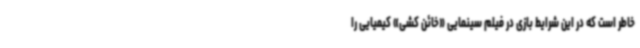
خاطر است که در این شرایط بازی در فیلم سینمایی «خائن کشی» کیمیایی را